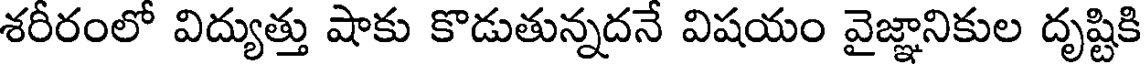
శరీరంలో విద్యుత్తు షాకు కొడుతున్నదనే విషయం వైజ్ఞానికుల దృష్టికి